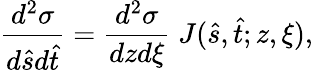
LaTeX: {\frac{d^{2}\sigma}{d\hat{s}d\hat{t}}}={\frac{d^{2}\sigma}{dzd\xi}}\; J(\hat{s},\hat{t};z,\xi),